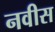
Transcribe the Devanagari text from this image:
नवीस